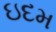
ઇદમ